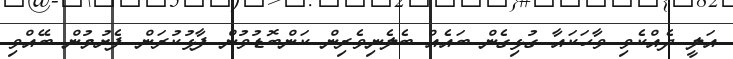
އަލީ ދެއްކެވި ވާހަަކައާ ގުޅިގެން ބައެއް ބެލެނިވެރިން ކަންބޮޑުވުން ފާޅުކުރަން ފެށުމުން ބޭއްވި